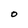
Character: O